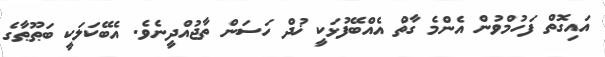
އައިގޮތް ފަހުމްވުން އެންމެ ގާތް އެއްބޭފުޅަކީ ޚުދް ހަސަން ތާޖުއްދީނެވެ. އެބޭކަލަކީ ބަޠޫޠާގެ